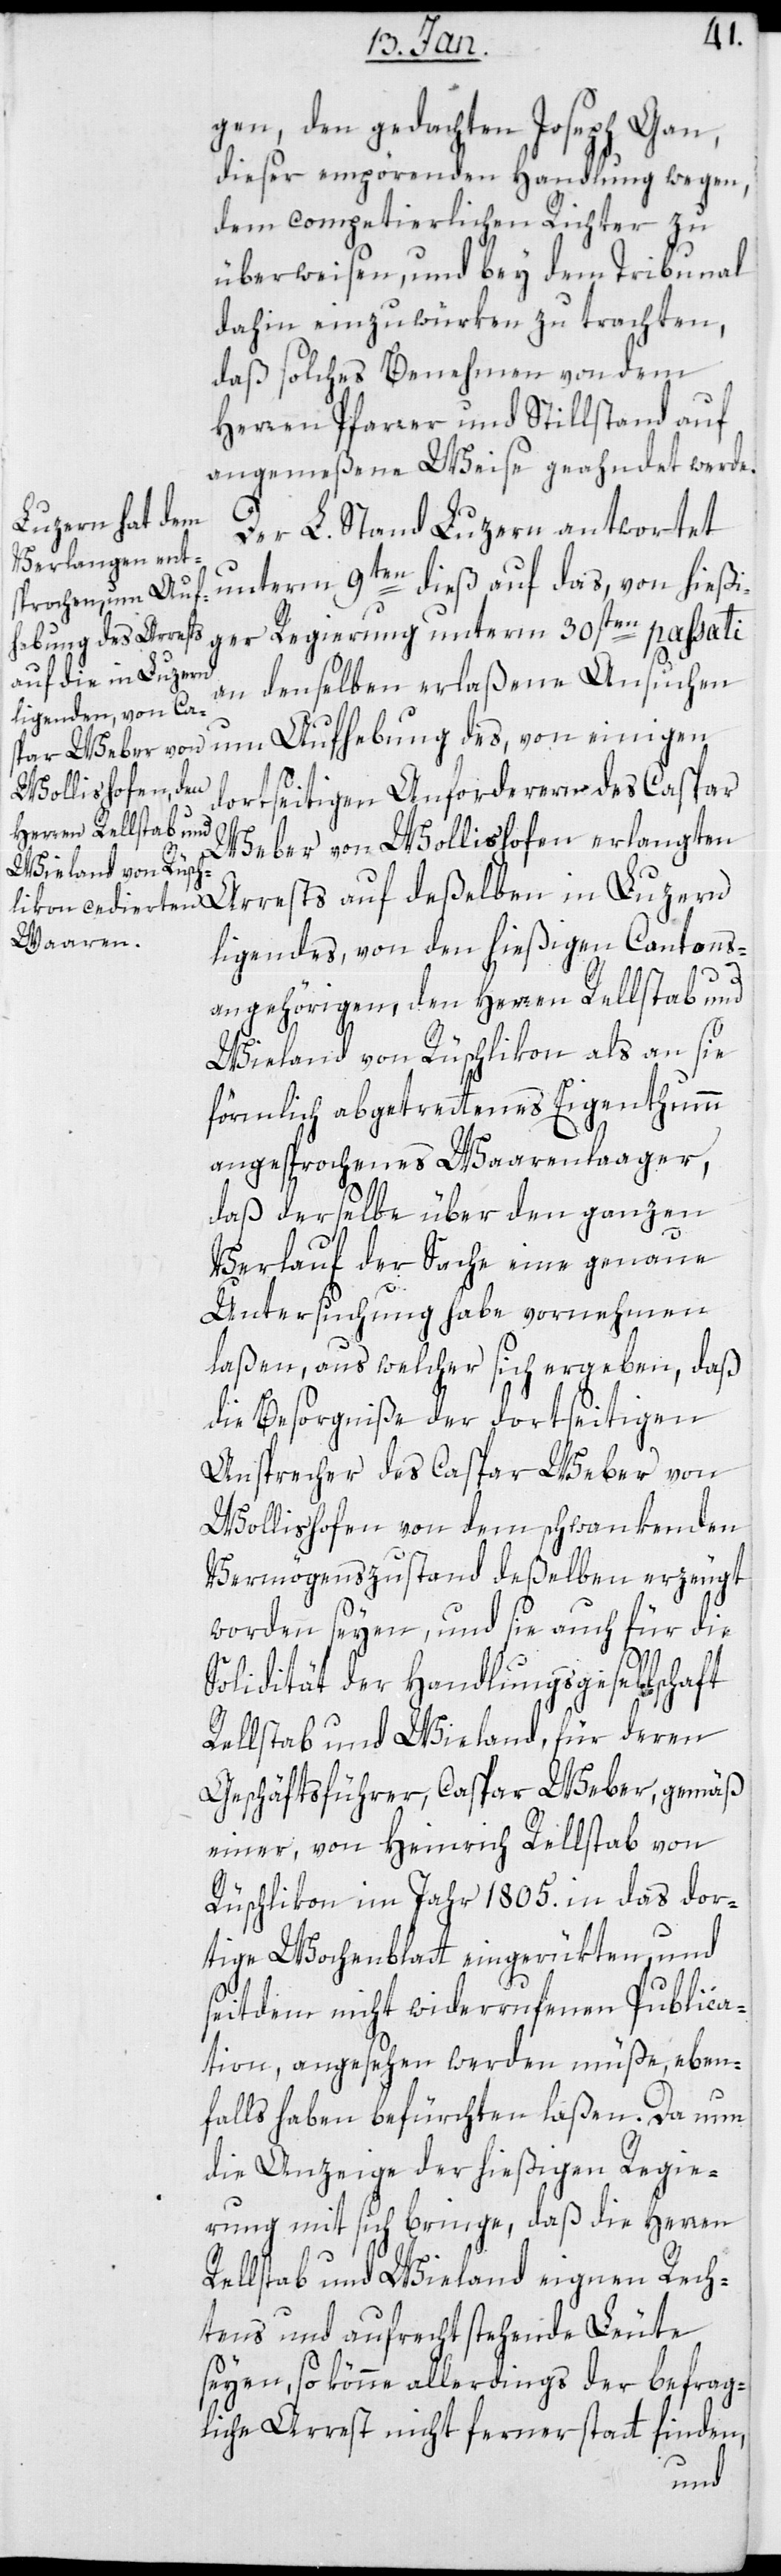
gen, den gedachten Joseph Gan,
dieser empörenden Handlung wegen,
dem competierlichen Richter zu
überweisen, und bey dem Tribunal
dahin einzuwürken zu trachten,
daß solches Benehmen von dem
Herren Pfarrer und Stillstand auf
angemeßene Weise geahndet werde.
Der L. Stand Luzern antwortet
unterm 9ten dieß, auf das von hießi¬
ger Regierung unterm 30sten passati
an denselben erlaßene Ansuchen
dortseitigen Anforderern des Caspar
Weber von Wollishofen erlangten
ligendes, von den hießigen Cantons¬
angehörigen, den Herren Rellstab und
Wieland von Rüschlikon, als an sie
förmlich abgetretenes Eigenthum
angesprochenes Waarenlager,
daß derselbe über den ganzen
Verlauf der Sache eine genaue
Untersuchung habe vornehmen
laßen, aus welcher sich ergeben, daß
die Besorgniße der dortseitigen
Ansprecher des Caspar Weber von
Wollishofen von dem schwankenden
Vermögenszustand deßelben erzeugt
worden seyen, und sie auch für die
Solidität der Handlungsgesellschaft
Rellstab und Wieland, für deren
Geschäftsführer, Caspar Weber, gemäß
einer, von Heinrich Rellstab von
Rüschlikon im Jahr 1805. in das dor¬
tige Wochenblatt eingerückten, und
seitdem nicht widerrufenen Publica¬
tion, angesehen werden müße, eben¬
falls haben befürchten laßen. Da nun
die Anzeige der hießigen Regie¬
rung mit sich bringe, daß die Herren
Rellstab und Wieland eignen Rech¬
tens und aufrecht stehende Leute
seyen, so könne allerdings der befrag¬
liche Arrest nicht ferner statt finden,